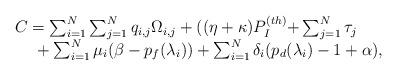
LaTeX: \begin{align*} \begin{array}{l} C=\sum _{i=1}^{N}\sum _{j=1}^{N}q_{i,j} \Omega _{i,j} +((\eta +\kappa )P_{I}^{(th)} {\rm +}\sum _{j=1}^{N}\tau _{j} \\ {\rm \; \; \; \; } +\sum _{i=1}^{N}\mu _{i} (\beta -p_{f} (\lambda _{i} )) +\sum _{i=1}^{N}\delta _{i} (p_{d} (\lambda _{i} )-1+\alpha ), \end{array}\end{align*}